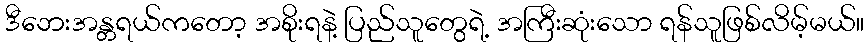
ဒီဘေးအန္တရယ်ကတော့ အစိုးရနဲ့ ပြည်သူတွေရဲ့ အကြီးဆုံးသော ရန်သူဖြစ်လိမ့်မယ်။